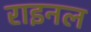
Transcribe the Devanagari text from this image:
राइनल